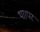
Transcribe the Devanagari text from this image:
था।पर